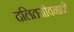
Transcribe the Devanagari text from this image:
दलितजीवनाची